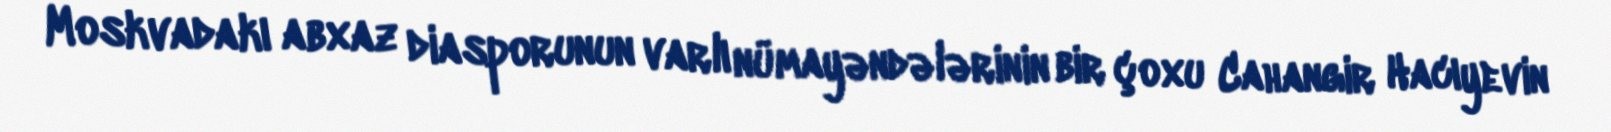
Moskvadakı abxaz diasporunun varlı nümayəndələrinin bir çoxu Cahangir Hacıyevin